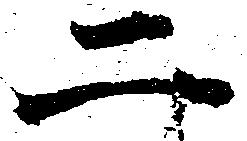
二